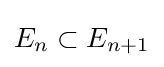
E_{n}\subset E_{n+1}